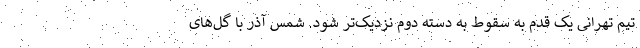
تیم تهرانی یک قدم به سقوط به دسته دوم نزدیک‌تر شود. شمس آذر با گل‌های